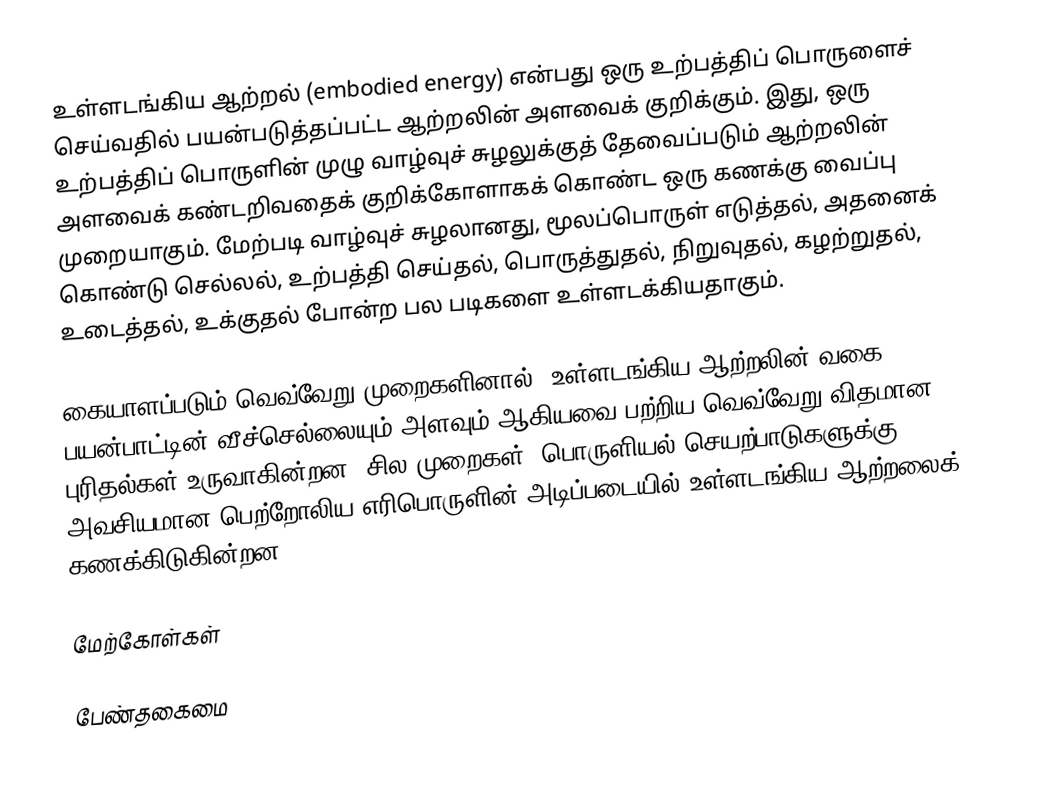
உள்ளடங்கிய ஆற்றல் (embodied energy) என்பது ஒரு உற்பத்திப் பொருளைச் செய்வதில் பயன்படுத்தப்பட்ட ஆற்றலின் அளவைக் குறிக்கும். இது, ஒரு உற்பத்திப் பொருளின் முழு வாழ்வுச் சுழலுக்குத் தேவைப்படும் ஆற்றலின் அளவைக் கண்டறிவதைக் குறிக்கோளாகக் கொண்ட ஒரு கணக்கு வைப்பு முறையாகும். மேற்படி வாழ்வுச் சுழலானது, மூலப்பொருள் எடுத்தல், அதனைக் கொண்டு செல்லல், உற்பத்தி செய்தல், பொருத்துதல், நிறுவுதல், கழற்றுதல், உடைத்தல், உக்குதல் போன்ற பல படிகளை உள்ளடக்கியதாகும்.

கையாளப்படும் வெவ்வேறு முறைகளினால், உள்ளடங்கிய ஆற்றலின் வகை, பயன்பாட்டின் வீச்செல்லையும் அளவும் ஆகியவை பற்றிய வெவ்வேறு விதமான புரிதல்கள் உருவாகின்றன. சில முறைகள், பொருளியல் செயற்பாடுகளுக்கு அவசியமான பெற்றோலிய எரிபொருளின் அடிப்படையில் உள்ளடங்கிய ஆற்றலைக் கணக்கிடுகின்றன.

மேற்கோள்கள்

பேண்தகைமை